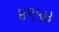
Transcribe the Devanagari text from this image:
४९५४